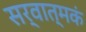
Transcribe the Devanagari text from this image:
सर्वात्मकं